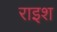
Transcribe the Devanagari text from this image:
राइश